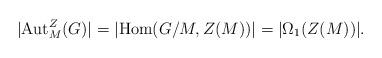
LaTeX: \begin{align*}|\textup{Aut}_{M}^{Z}(G)|=|\textup{Hom}(G/M,Z(M))|=|\Omega_{1}(Z(M))|.\end{align*}